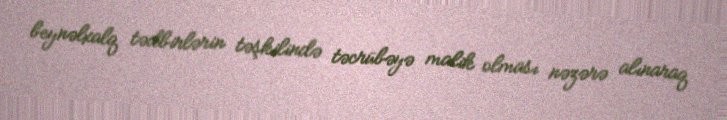
beynəlxalq tədbirlərin təşkilində təcrübəyə malik olması nəzərə alınaraq